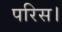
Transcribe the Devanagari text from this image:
परिस।